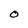
Character: O